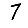
Digit: 7